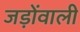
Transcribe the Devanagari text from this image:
जड़ोंवाली